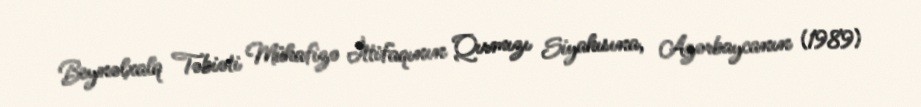
Beynəlxalq Təbiəti Mühafizə İttifaqının Qırmızı Siyahısına, Azərbaycanın (1989)